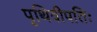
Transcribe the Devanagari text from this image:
पृथिवीपतिः